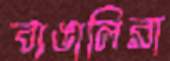
বাঙালিরা